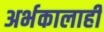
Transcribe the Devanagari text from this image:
अर्भकालाही